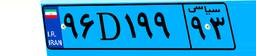
۹۶D۱۹۹۹۳